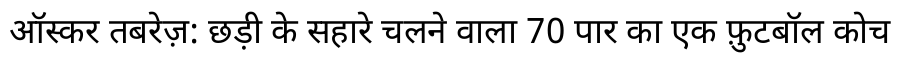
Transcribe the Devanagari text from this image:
ऑस्कर तबरेज़: छड़ी के सहारे चलने वाला 70 पार का एक फ़ुटबॉल कोच